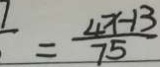
= \frac { 4 x - 1 3 } { 7 5 }